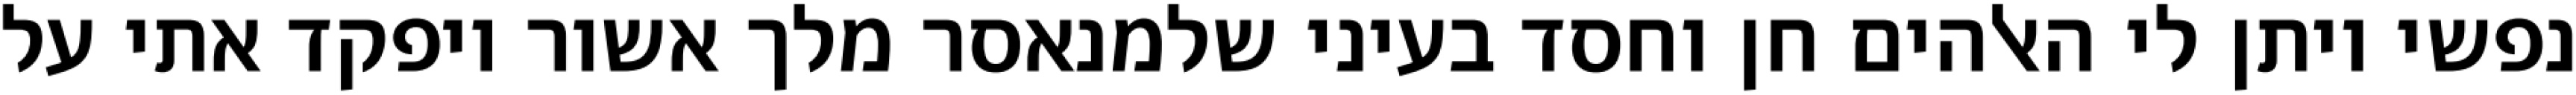
נפשי ויתן לי האלהים חן וחסד בעיני שלמנאסר מלך אשור ויפקד אתי על